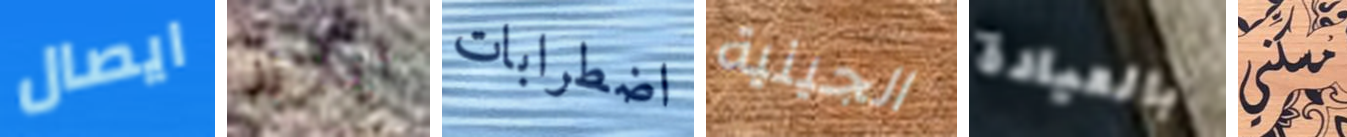
ايصال ايلاند اضطرابات الجينية بالعيادة مسكني